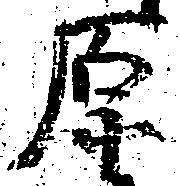
原